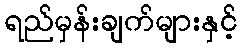
ရည်မှန်းချက်များနှင့်